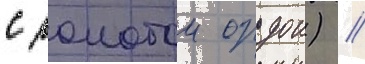
с золотои ордои) //